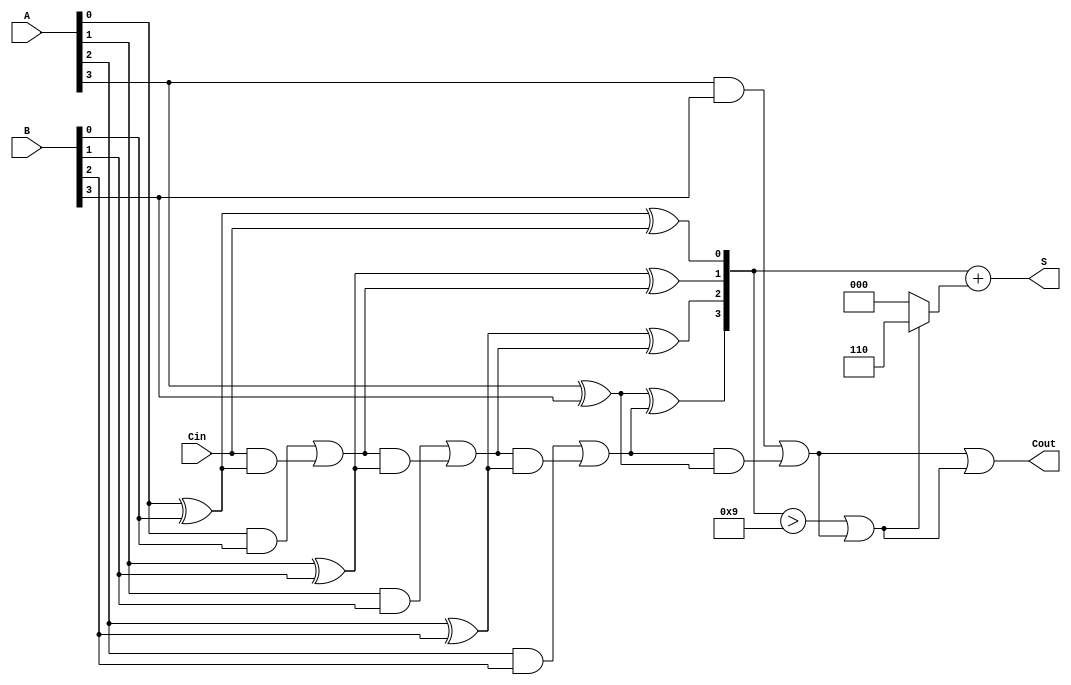
module BCD_Ripple_Carry_Adder (
    input [3:0] A,      // BCD digit A
    input [3:0] B,      // BCD digit B
    input Cin,          // Carry-in
    output [3:0] S,     // BCD sum
    output Cout         // Carry-out
);

    wire [4:0] sum;     // Sum with carry
    wire carry_out;     // Carry-out from MSB

    // Full adder for each bit
    assign sum[0] = A[0] ^ B[0] ^ Cin;      // Sum bit 0
    assign carry_out_0 = (A[0] & B[0]) | (Cin & (A[0] ^ B[0]));

    assign sum[1] = A[1] ^ B[1] ^ carry_out_0; // Sum bit 1
    assign carry_out_1 = (A[1] & B[1]) | (carry_out_0 & (A[1] ^ B[1]));

    assign sum[2] = A[2] ^ B[2] ^ carry_out_1; // Sum bit 2
    assign carry_out_2 = (A[2] & B[2]) | (carry_out_1 & (A[2] ^ B[2]));

    assign sum[3] = A[3] ^ B[3] ^ carry_out_2; // Sum bit 3
    assign carry_out_3 = (A[3] & B[3]) | (carry_out_2 & (A[3] ^ B[3]));

    // Check if correction is needed
    wire correction_needed;
    assign correction_needed = (sum[3:0] > 4'b1001) || carry_out_3;

    // Final BCD sum
    assign S = sum[3:0] + (correction_needed ? 4'b0110 : 4'b0000);
    
    // Final carry-out
    assign Cout = carry_out_3 || correction_needed;

endmodule